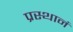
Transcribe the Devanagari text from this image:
प्रस्थानं